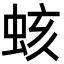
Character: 𧊏